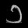
Digit: ၁